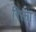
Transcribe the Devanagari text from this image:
रिक्ता